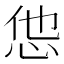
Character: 怹